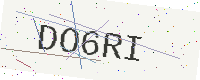
Text: DO6RI